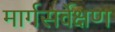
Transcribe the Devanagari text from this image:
मार्गसर्वेक्षण